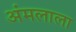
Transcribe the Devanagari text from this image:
अंमलाला